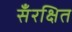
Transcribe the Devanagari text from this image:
सँरक्षित